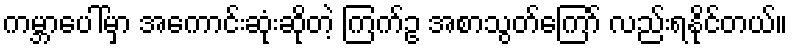
ကမ္ဘာပေါ်မှာ အကောင်းဆုံးဆိုတဲ့ ကြက်ဥ အစာသွတ်ကြော် လည်းရနိုင်တယ်။